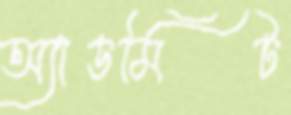
অ্যাডমিট